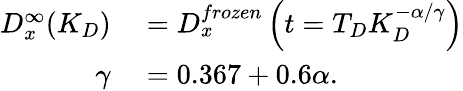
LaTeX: \begin{array}{rl}{D_{x}^{\infty}(K_{D})}&{{}=D_{x}^{frozen}\left(t=T_{D}K_{D}^{-\alpha/\gamma}\right)}\\ {\gamma}&{{}=0.367+0.6\alpha.}\end{array}